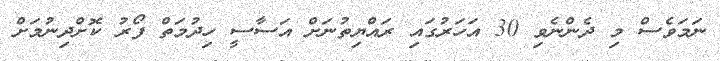
ނަމަވެސް މި ދެންނެވި 30 އަހަރުގައި ރައްޔިތުނަށް އަސާސީ ހިދުމަތް ފޯރު ކޮށްދިނުމަށް